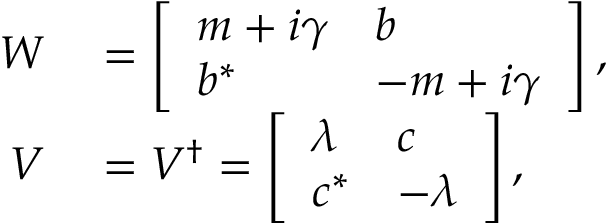
\begin{array} { r l } { W } & { { } = \left[ \begin{array} { l l } { m + i \gamma } & { b } \\ { b ^ { * } } & { - m + i \gamma } \end{array} \right] , } \\ { V } & { { } = V ^ { \dagger } = \left[ \begin{array} { l l } { \lambda } & { c } \\ { c ^ { * } } & { - \lambda } \end{array} \right] , } \end{array}